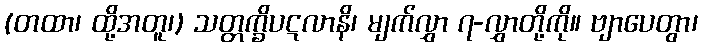
(တထာ၊ ထို့အတူ၊) သတ္တက္ခိပဋလာနိ၊ မျက်လွှာ ၇-လွှာတို့ကို။ ဗျာပေတွာ၊